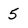
Character: 5